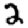
Digit: 2